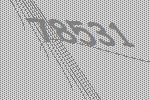
78531